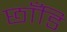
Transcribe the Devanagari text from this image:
छाँडि